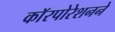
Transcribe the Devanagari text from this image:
काॅरपोरेशनने